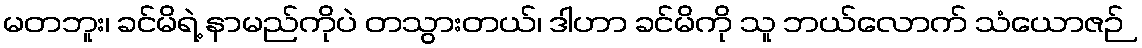
မတဘူး၊ ခင်မိရဲ့ နာမည်ကိုပဲ တသွားတယ်၊ ဒါဟာ ခင်မိကို သူ ဘယ်လောက် သံယောဇဉ်